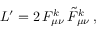
{ \cal L } ^ { \prime } = 2 \, F _ { \mu \nu } ^ { k } \, \tilde { F } _ { \mu \nu } ^ { k } \, ,